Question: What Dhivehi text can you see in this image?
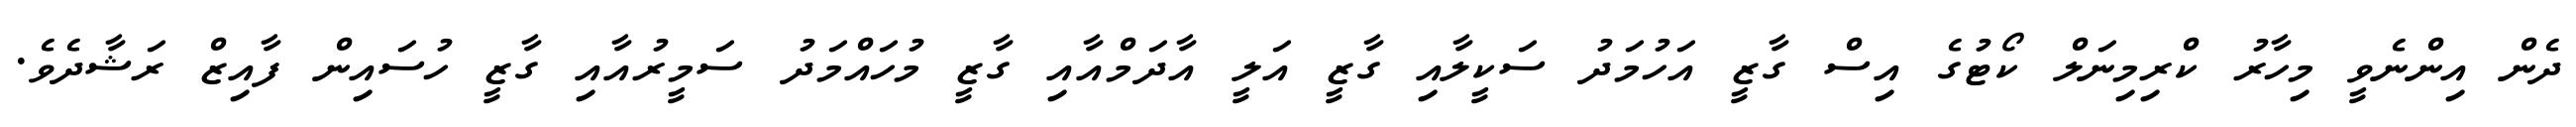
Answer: ދެން އިންނެވީ މިހާރު ކްރިމިނަލް ކޯޓުގެ އިސް ގާޒީ އަހުމަދު ސަކީލާއި ގާޒީ އަލީ އާދަމްއާއި ގާޒީ މުހައްމަދު ސަމީރުއާއި ގާޒީ ހުސައިން ފާއިޒް ރަޝާދެވެ.